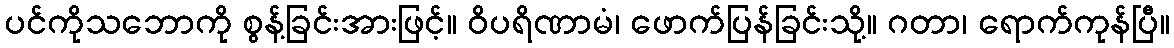
ပင်ကိုသဘောကို စွန့်ခြင်းအားဖြင့်။ ဝိပရိဏာမံ၊ ဖောက်ပြန်ခြင်းသို့။ ဂတာ၊ ရောက်ကုန်ပြီ။